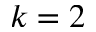
k = 2